Veterinary [1909] -
Year: 1909
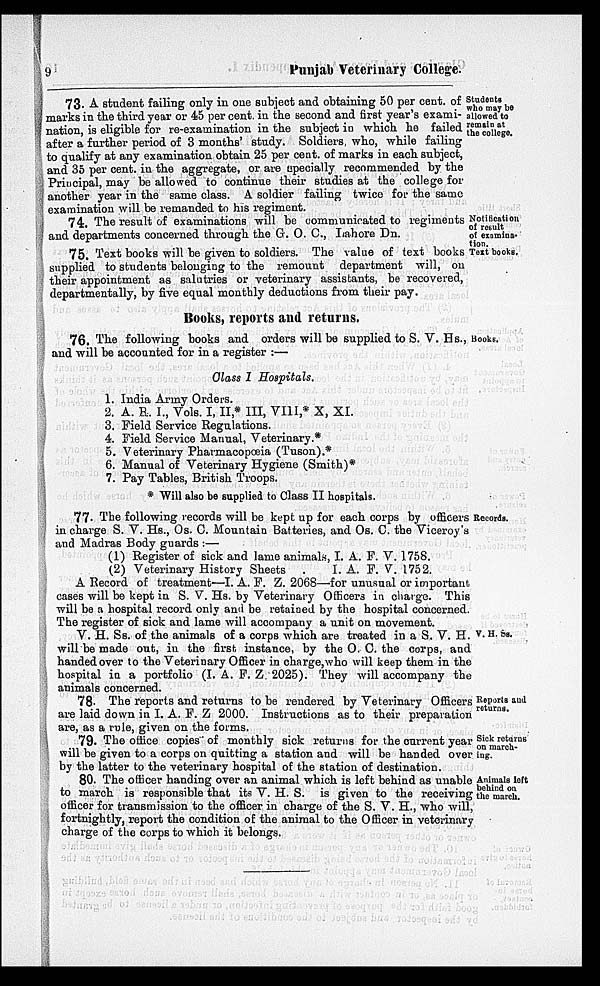
9
Punjab Veterinary College.
Students
who may be
allowed to
remain at
the college.
73. A student failing only in one subject and obtaining 50 per cent. of
marks in the third year or 45 per cent. in the second and first year's exami-
nation, is eligible for re-examination in the subject in which he failed
after a further period of 3 months' study. Soldiers, who, while failing
to qualify at any examination obtain 25 per cent. of marks in each subject,
and 35 per cent. in the aggregate, or are specially recommended by the
Principal, may be allowed to continue their studies at the college for
another year in the same class. A soldier failing twice for the same
examination will be remanded to his regiment.
Notification
of result
of examina-
tion.
Text books.
74. The result of examinations will be communicated to regiments
and departments concerned through the G. O. C., Lahore Dn.
75. Text books will be given to soldiers. The value of text books
supplied to students belonging to the remount department will, on
their appointment as salutries or veterinary assistants, be recovered,
departmentally, by five equal monthly deductions from their pay.
Books, reports and returns.
Books.
76. The following books and orders will be supplied to S. V. Hs.,
and will be accounted for in a register :—
Class I Hospitals.
1.
2.
3.
4.
5.
6.
7.
India Army Orders.
A. R. I., Vols. I, II * III, VIII,* X, XI.
Field Service Regulations.
Field Service Manual, Veterinary.*
Veterinary Pharmacopoeia (Tuson).*
Manual of Veterinary Hygiene (Smith)*
Pay Tables, British Troops.
* Will also be supplied to Class II hospitals.
officers Records.
77. The following records will be kept up for each corps by
in charge S. V. Hs., Os. C. Mountain Batteries, and Os. C. the Viceroy's
and Madras Body guards :—
(1) Register of sick and lame animals,
(2) Veterinary History Sheets
I. A. F. V. 1758.
I. A. F. V. 1752.
A Record of treatment—I. A. F. Z. 2068—for unusual or important
cases will be kept in S. V. Hs. by Veterinary Officers in charge. This
will be a hospital record only and be retained by the hospital concerned.
The register of sick and lame will accompany a unit on movement.
V. H. Ss.
V. H. Ss. of the animals of a corps which are treated in a S. V. H.
will be made out, in the first instance, by the O. C. the corps, and
handed over to the Veterinary Officer in charge, who will keep them in the
hospital in a portfolio (I. A. F. Z. 2025). They will accompany the
animals concerned.
Reports and
returns.
78. The reports and returns to be rendered by Veterinary Officers
are laid down in I. A. F. Z 2000. Instructions as to their preparation
are, as a rule, given on the forms.
Sick returns
on march-
ing.
79. The office copies of monthly sick returns for the current year
will be given to a corps on quitting a station and will be handed over
by the latter to the veterinary hospital of the station of destination.
Animals left
behind on
the march.
80. The officer handing over an animal which is left behind as unable
to march is responsible that its V. H. S. is given to the receiving
officer for transmission to the officer in charge of the S. V. H., who will,
fortnightly, report the condition of the animal to the Officer in veterinary
charge of the corps to which it belongs.